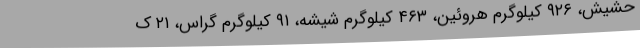
حشیش، ۹۲۶ کیلوگرم هروئین، ۴۶۳ کیلوگرم شیشه، ۹۱ کیلوگرم گراس، ۲۱ ک